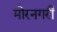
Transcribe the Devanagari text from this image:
मोरनगरी